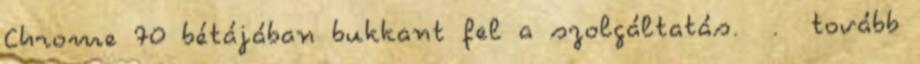
Chrome 70 bétájában bukkant fel a szolgáltatás. . tovább